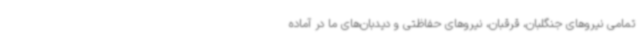
تمامی نیروهای جنگلبان، قرقبان، نیروهای حفاظتی و دیدبان‌های ما در آماده